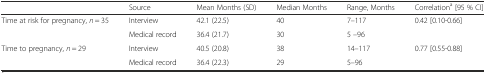
<table><thead><tr><td></td><td><b>Source</b></td><td><b>Mean Months (SD)</b></td><td><b>Median Months</b></td><td><b>Range, Months</b></td><td><b>Correlation<sup>a</sup> [95 % CI]</b></td></tr></thead><tbody><tr><td>Time at risk for pregnancy, <i>n</i> = 35</td><td>Interview</td><td>42.1 (22.5)</td><td>40</td><td>7–117</td><td>0.42 [0.10-0.66]</td></tr><tr><td></td><td>Medical record</td><td>36.4 (21.7)</td><td>30</td><td>5 –96</td><td></td></tr><tr><td>Time to pregnancy, <i>n</i> = 29</td><td>Interview</td><td>40.5 (20.8)</td><td>38</td><td>14–117</td><td>0.77 [0.55-0.88]</td></tr><tr><td></td><td>Medical record</td><td>36.4 (22.3)</td><td>29</td><td>5–96</td><td></td></tr></tbody></table>